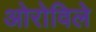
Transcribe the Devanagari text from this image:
ओरोविले